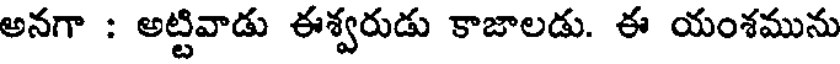
అనగా : అట్టివాడు ఈశ్వరుడు కాజాలడు. ఈ యంశమును